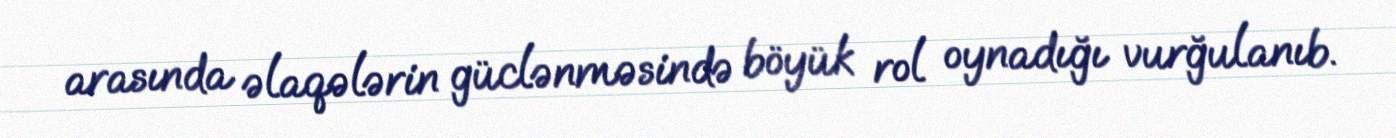
arasında əlaqələrin güclənməsində böyük rol oynadığı vurğulanıb.